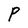
Character: P